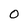
Character: 0